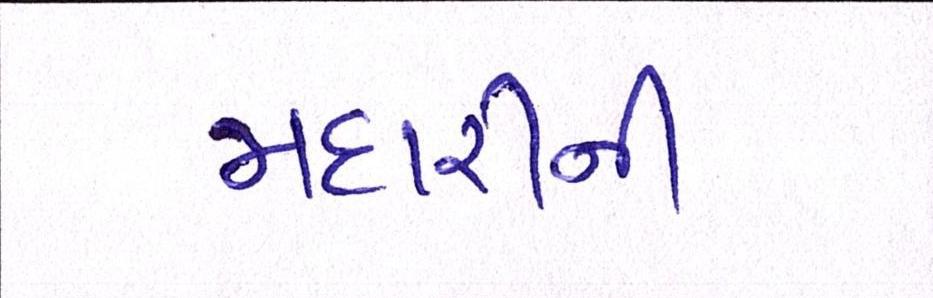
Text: મદારીની